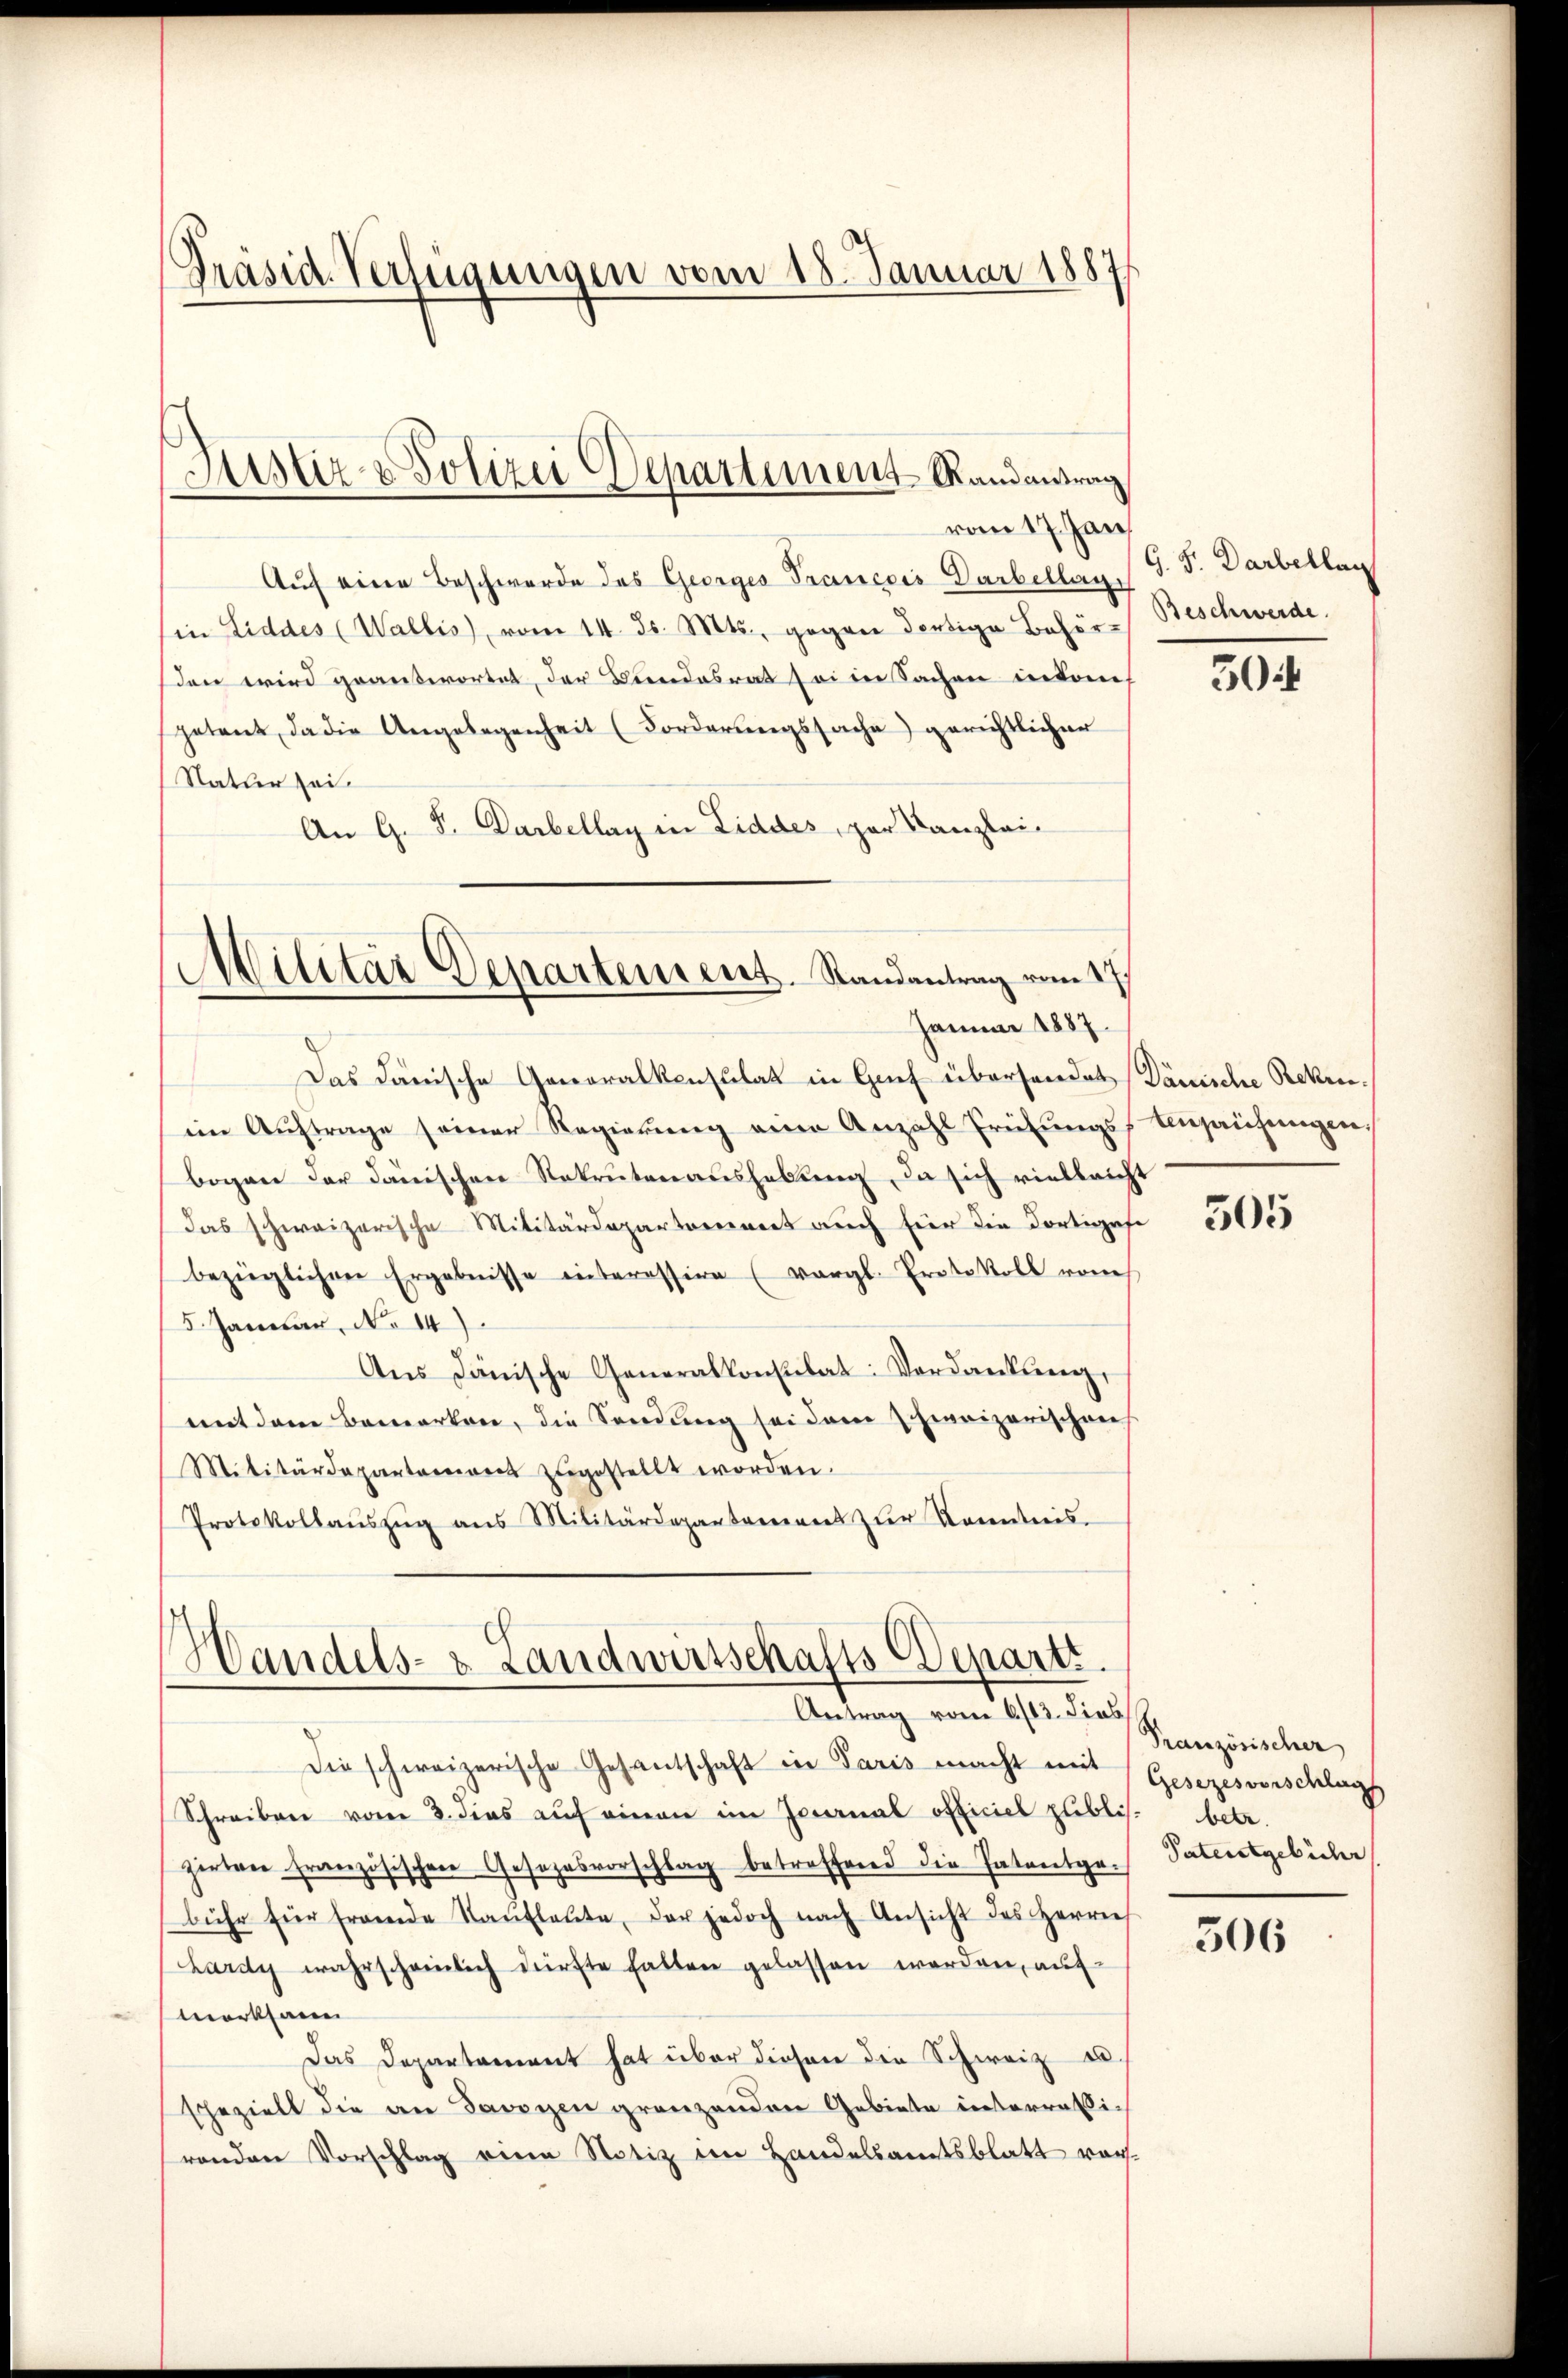
Präsid. Verfügungen vom 18. Januar 1887

Justiz - Polizei Departement Randantrag
vom 17. Jan

Auf eine Beschwerde des Georges Prancois Darbellage
Ein Liddes (Wallis, vom 11. Js. Mts., gegen Fertige Behör-
sden wird geantwortet, der Bundesrat sei in Sachen in doch
petent, da die Angelegenheit (Forderungssache) gerichtlicher
Natur sei.
An G. P. Darbellay in Liddes, par Kanzlei-

Militär Departement. Randantrag vom 17.
Januar 1887.

Das danische Generalkonsulat in Guef überhandet Dänische Rekenim Auftrage seiner Regierung eine Anzahl Frübungs-Angehungen,
bogen der danischen Rekrutenaushebung, da sich vielleicht
das schweizerische Militärdepartarent auch für die dortigese
bezüglichen Ergebnisse interessire (vergl. Protokoll von
5. Januar, No 14)
Ans Dänische Generalkonsulat: Verdankung,
mit dem Bemerken, die Sendung sei dem schweizerischen
Militärdepartamens zugestellt worden.
Protokollaŭszŭg ans Militärdepartamens zŭr Kenntnis-

Handels- & Landwirtschafts-Departi.
Antrag vom 6/12. dies

Die schweizerische Gesantschaft in Paris macht mit
Schreiben vom 2. dies auf einen im Journal officiel publis. betr.
zirten französischen Gesezesvorschlag betreffend die Patentge-Paterstgebühr
bühr für fremde Kaŭflaŭte der jedoch nach Ansicht des Herrn
Lardy wahrscheinlich dürfte hatten gelassen werden, auf-
merksam
Das Departement hat über diesen die Schweiz u.
spezielt die an Savoyen grenzenden Gebiete interressirenden Vorschlag eine Notiz im Handelsamtsblatt vor¬

G. J. Darbellan
Beschwerde.

30

505

Französischer
Gesezesvorschlag

306